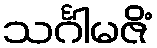
သင်္ဂါမဇိံ